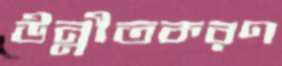
উন্নীতকরণ